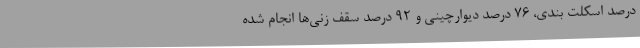
درصد اسکلت بندی، 76 درصد دیوارچینی و 92 درصد سقف زنی‌ها انجام شده